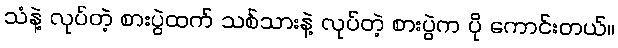
သံနဲ့ လုပ်တဲ့ စားပွဲထက် သစ်သားနဲ့ လုပ်တဲ့ စားပွဲက ပို ကောင်းတယ်။